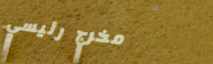
مخرج رئيسي